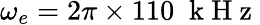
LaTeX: \omega_{e}=2\pi\times 110\; \mathrm{~k~H~z~}